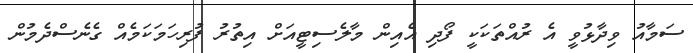
ސަމާއު ވިދާޅުވީ އެ ރުއްތަކަކީ ފޯދި އެއިން މާލެސިޓީއަށް އިތުރު ފުރިހަމަކަމެއް ގެނެސްދެމުން